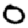
Digit: 0